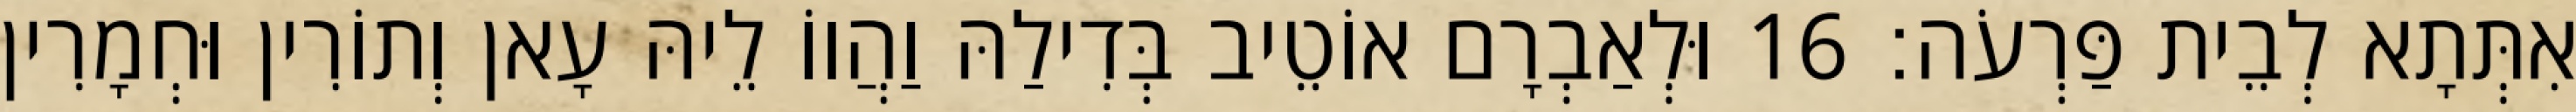
אִתְּתָא לְבֵית פַּרְעֹה׃ 16 וּלְאַבְרָם אוֹטֵיב בְּדִילַהּ וַהֲווֹ לֵיהּ עָאן וְתוֹרִין וּחְמָרִין